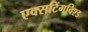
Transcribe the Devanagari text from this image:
एक्सटिंगविश्ड